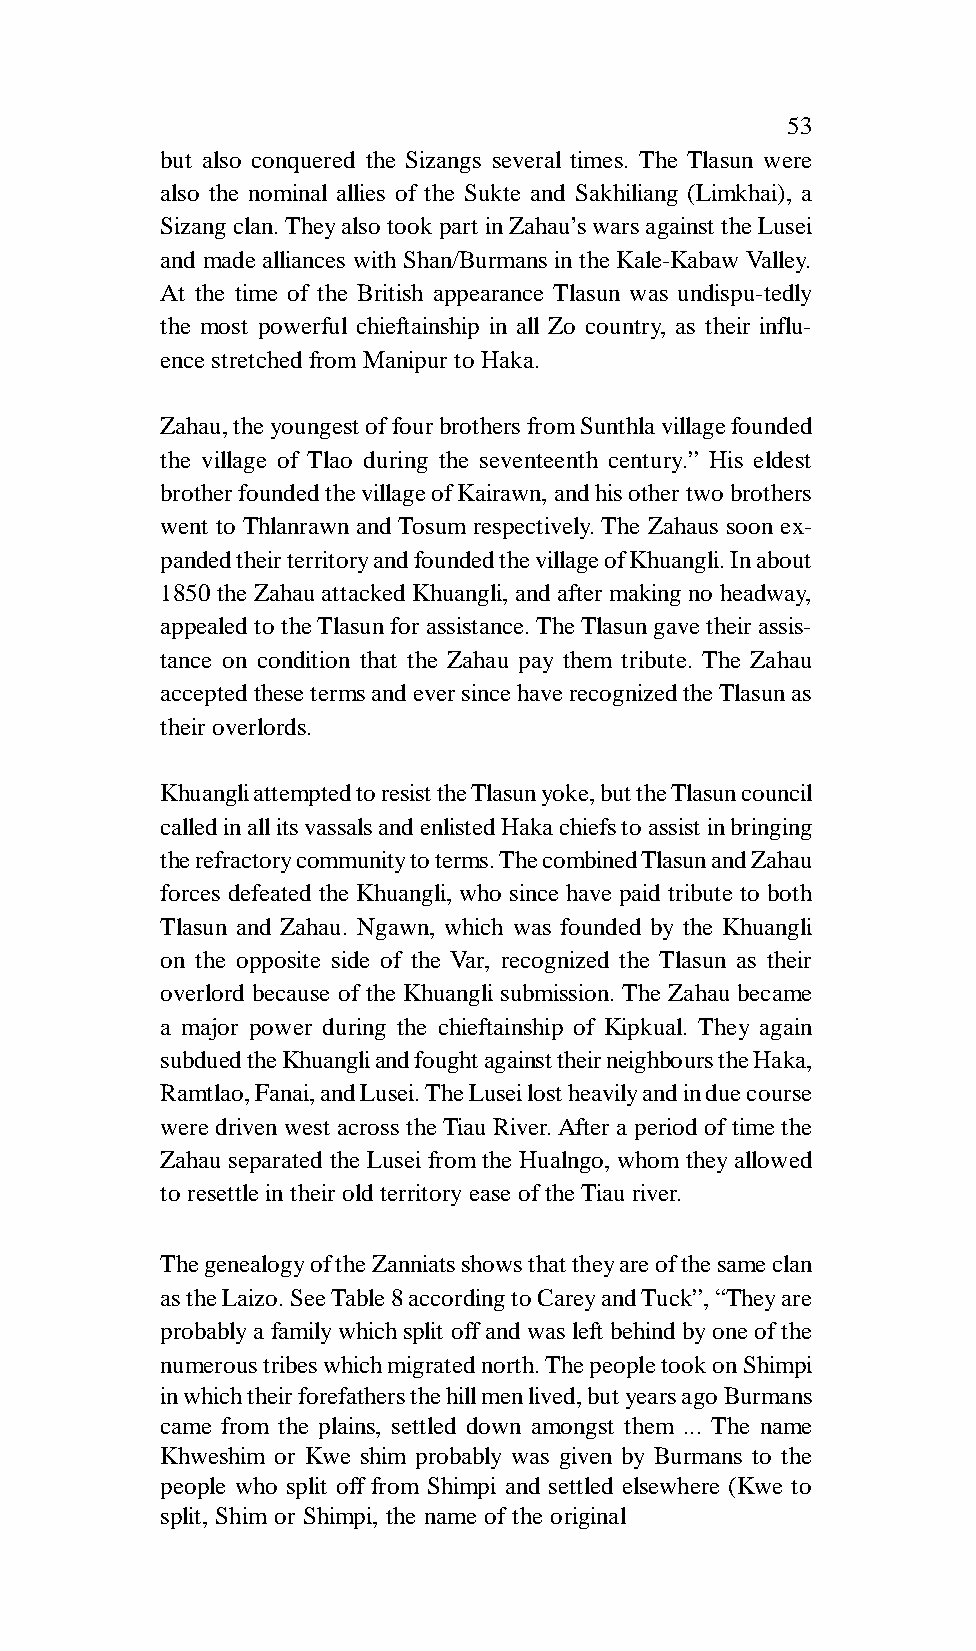
53
 but also conquered the Sizangs several times. The Tlasun were
 also the nominal allies of the Sukte and Sakhiliang (Limkhai), a
 Sizang clan. They also took part in Zahau’s wars against the Lusei
 and made alliances with Shan/Burmans in the Kale-Kabaw Valley.
 At the time of the British appearance Tlasun was undispu-tedly
 the most powerful chieftainship in all Zo country, as their influ-
 ence stretched from Manipur to Haka.
 Zahau, the youngest of four brothers from Sunthla village founded
 the village of Tlao during the seventeenth century.” His eldest
 brother founded the village of Kairawn, and his other two brothers
 went to Thlanrawn and Tosum respectively. The Zahaus soon ex-
 panded their territory and founded the village of Khuangli. In about
 1850 the Zahau attacked Khuangli, and after making no headway,
 appealed to the Tlasun for assistance. The Tlasun gave their assis-
 tance on condition that the Zahau pay them tribute. The Zahau
 accepted these terms and ever since have recognized the Tlasun as
 their overlords.
 Khuangli attempted to resist the Tlasun yoke, but the Tlasun council
 called in all its vassals and enlisted Haka chiefs to assist in bringing
 the refractory community to terms. The combined Tlasun and Zahau
 forces defeated the Khuangli, who since have paid tribute to both
 Tlasun and Zahau. Ngawn, which was founded by the Khuangli
 on the opposite side of the Var, recognized the Tlasun as their
 overlord because of the Khuangli submission. The Zahau became
 a major power during the chieftainship of Kipkual. They again
 subdued the Khuangli and fought against their neighbours the Haka,
 Ramtlao, Fanai, and Lusei. The Lusei lost heavily and in due course
 were driven west across the Tiau River. After a period of time the
 Zahau separated the Lusei from the Hualngo, whom they allowed
 to resettle in their old territory ease of the Tiau river.
 The genealogy of the Zanniats shows that they are of the same clan
 as the Laizo. See Table 8 according to Carey and Tuck”, “They are
 probably a family which split off and was left behind by one of the
 numerous tribes which migrated north. The people took on Shimpi
 in which their forefathers the hill men lived, but years ago Burmans
 came from the plains, settled down amongst them ... The name
 Khweshim or Kwe shim probably was given by Burmans to the
 people who split off from Shimpi and settled elsewhere (Kwe to
 split, Shim or Shimpi, the name of the original